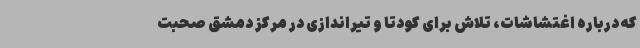
که درباره اغتشاشات، تلاش برای کودتا و تیراندازی در مرکز دمشق صحبت